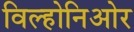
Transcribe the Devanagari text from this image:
विल्होनिओर